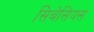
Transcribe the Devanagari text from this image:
सिबेसियस